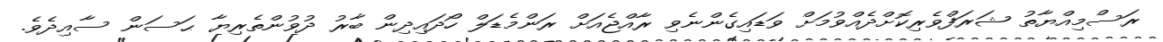
ރަސްމިއްޔާތު ޝަރަފްވެރިކޮށްދެއްވުމަށް ވަޑައިގެންނެވި ރާއްޖެއަށް ރަންމެޑަލް ހޯދައިދިން ބާރު ދުވުންތެރިޔާ ޙަސަން ސާއިދެވެ.